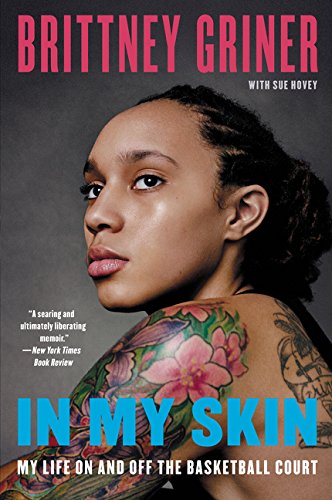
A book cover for In My Skin: My Life On and Off the Basketball Court; Brittney Griner; Biographies & Memoirs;